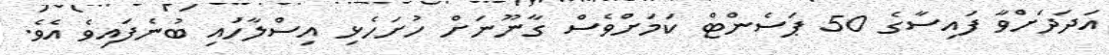
އަދަދަށްވާ ފައިސާގެ 50 ޕަސެންޓް ކަމަށްވެސް ގާނޫނަށް ހުށަހެޅި އިސްލާހުައި ބުނެފައިވެ އެވެ.